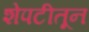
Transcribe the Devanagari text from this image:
शेपटीतून